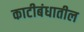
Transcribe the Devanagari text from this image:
काटीबंधातील